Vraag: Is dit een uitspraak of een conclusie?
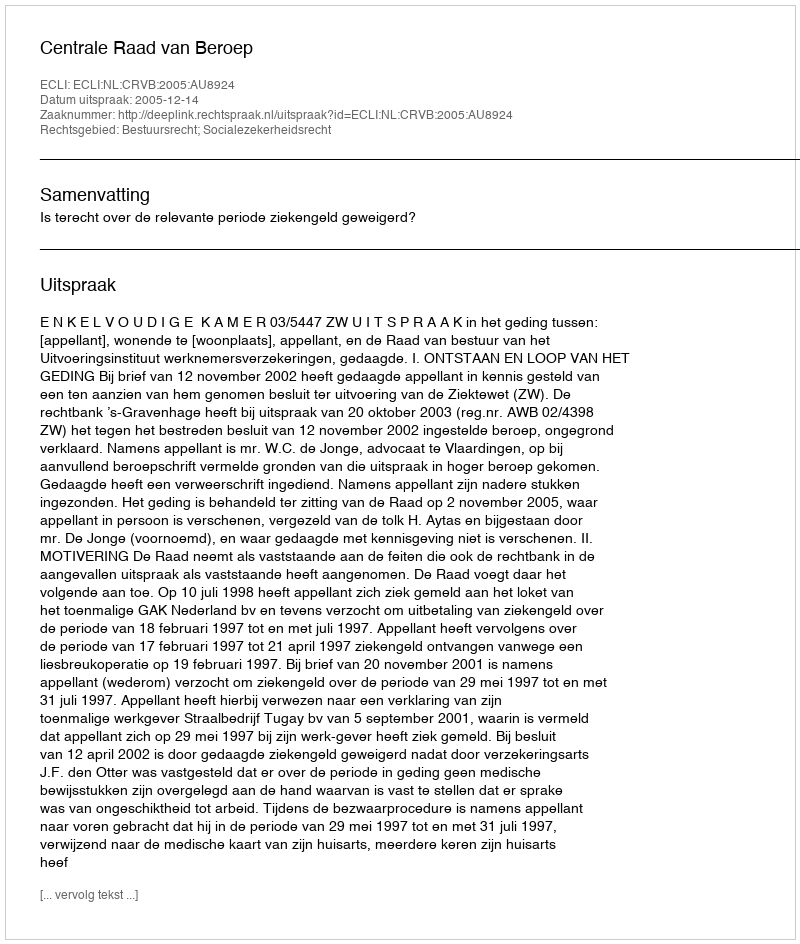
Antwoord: Uitspraak